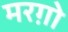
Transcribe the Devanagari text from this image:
मरग़ो